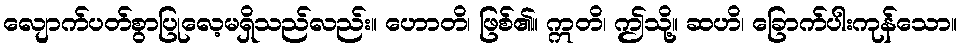
လျောက်ပတ်စွာပြုလေ့မရှိသည်လည်း။ ဟောတိ၊ ဖြစ်၏။ ဣတိ၊ ဤသို့။ ဆဟိ၊ ခြောက်ပါးကုန်သော။